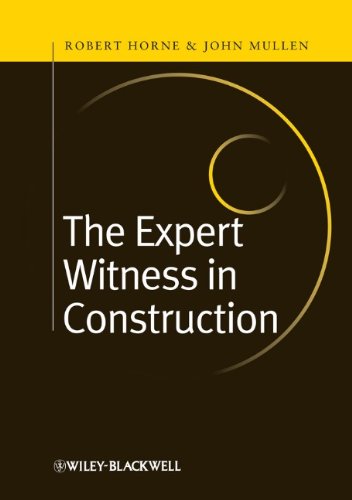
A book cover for The Expert Witness in Construction; Robert Horne; Law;